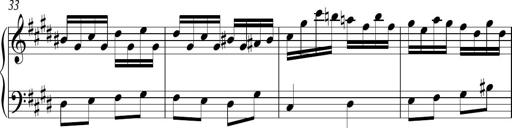
Title: Ten Piano Sonatinas
Composer: Andreas Sain